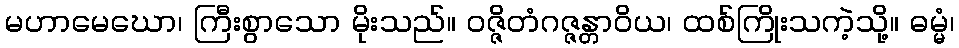
မဟာမေဃော၊ ကြီးစွာသော မိုးသည်။ ဝဇ္ဇိတံဂဇ္ဇန္တာဝိယ၊ ထစ်ကြိုးသကဲ့သို့။ ဓမ္မံ၊